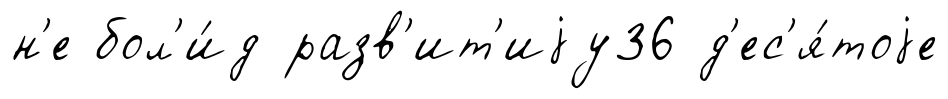
н'е бол'и́д разв'ит'иjу36 д'ес'я́тоjе